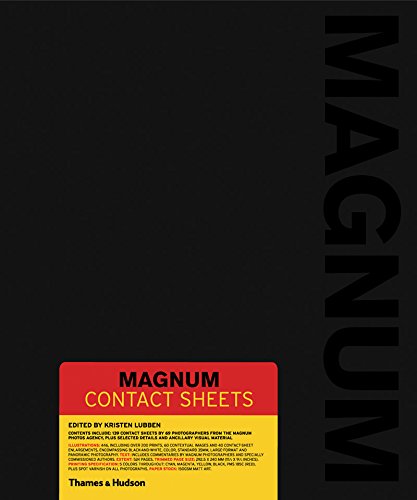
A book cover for Magnum Contact Sheets; Kristen Lubben; Arts & Photography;